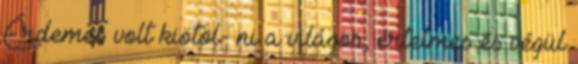
Érdemes volt kiötöl- ni a világos, értelmes és végül